Vaccination Hyderabad 1872-1889 - 1872-1889
Year: 1872
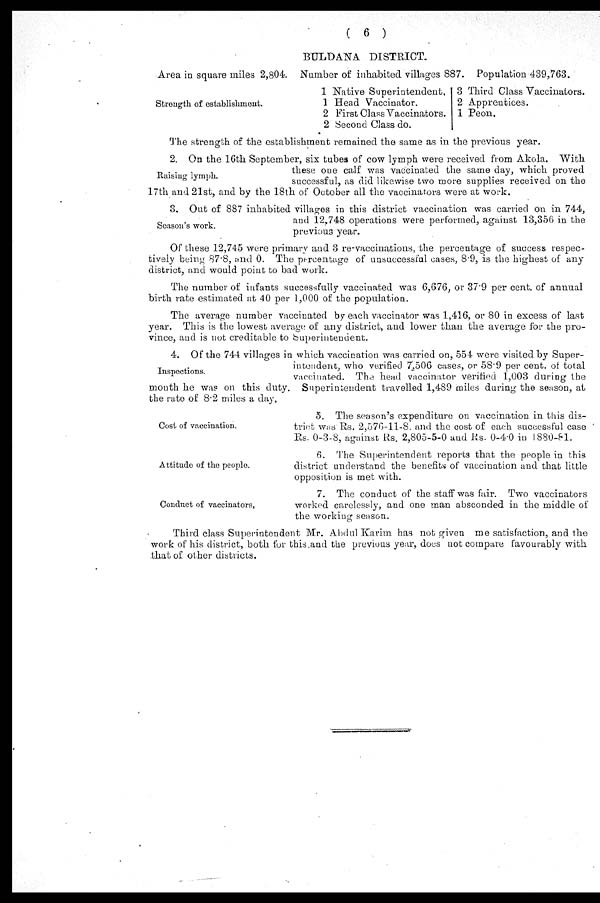
( 6 )
BULDANA DISTRICT.
Area in square miles 2,804. Number of inhabited villages 887. Population 439,763.
Strength of establishment.
1
1
2
2
Native Superintendent.
Head Vaccinator.
First Class Vaccinators.
Second Class do.
3
2
1
Third Class Vaccinators.
Apprentices.
Peon.
The strength of the establishment remained the same as in the previous year.
Raising lymph.
2. On the 16th September, six tubes of cow lymph were received from Akola. With
these one calf was vaccinated the same day, which proved
successful, as did likewise two more supplies received on the
17th and 21st, and by the 18th of October all the vaccinators were at work.
Season's work.
3. Out of 887 inhabited villages in this district vaccination was carried on in 744,
and 12,748 operations were performed, against 13,356 in the
previous year.
Of these 12,745 were primary and 3 re-vaccinations, the percentage of success respec-
tively being 87.8, and 0. The percentage of unsuccessful cases, 8.9, is the highest of any
district, and would point to bad work.
The number of infants successfully vaccinated was 6,676, or 37.9 per cent. of annual
birth rate estimated at 40 per 1,000 of the population.
The average number vaccinated by each vaccinator was 1,416, or 80 in excess of last
year. This is the lowest average of any district, and lower than the average for the pro-
vince, and is not creditable to Superintendent.
Inspections.
4. Of the 744 villages in which vaccination was carried on, 554 were visited by Super-
intendent, who verified 7,506 cases, or 58.9 per cent. of total
vaccinated. The head vaccinator verified 1,003 during the
mouth he was on this duty. Superintendent travelled 1,489 miles during the season, at
the rate of 8.2 miles a day.
Cost of vaccination.
5. The season's expenditure on vaccination in this dis-
trict was Rs. 2,576-11-8. and the cost of each successful case
Rs. 0-3-8, against Rs. 2,805-5-0 and Rs. 0-4.0 in 1880-81.
Attitude of the people.
6. The Superintendent reports that the people in this
district understand the benefits of vaccination and that little
opposition is met with.
Conduct of vaccinators,
7. The conduct of the staff was fair. Two vaccinators
worked carelessly, and one man absconded in the middle of
the working season.
Third class Superintendent Mr. Abdul Karim has not given me satisfaction, and the
work of his district, both for this and the previous year, does not compare favourably with
that of other districts.